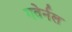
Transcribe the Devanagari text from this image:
गवेर्नल